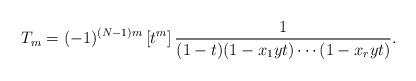
LaTeX: \begin{align*}T_m=(-1)^{(N-1)m}\left[t^{m}\right]\frac{1}{(1-t)(1-x_1yt)\cdots (1-x_ryt)}.\end{align*}